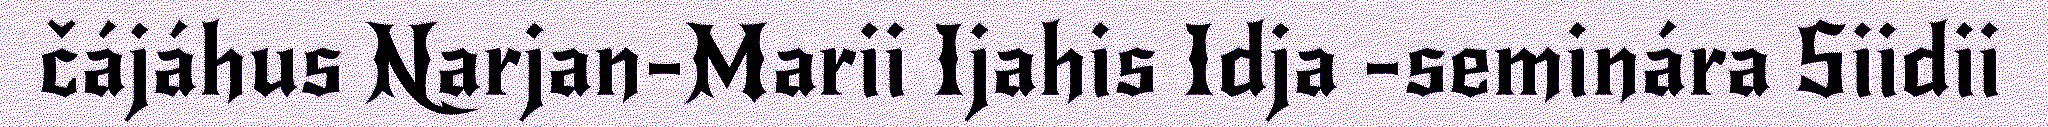
čájáhus Narjan-Marii Ijahis Idja -seminára Siidii